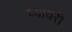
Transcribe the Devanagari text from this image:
घ्यावरी